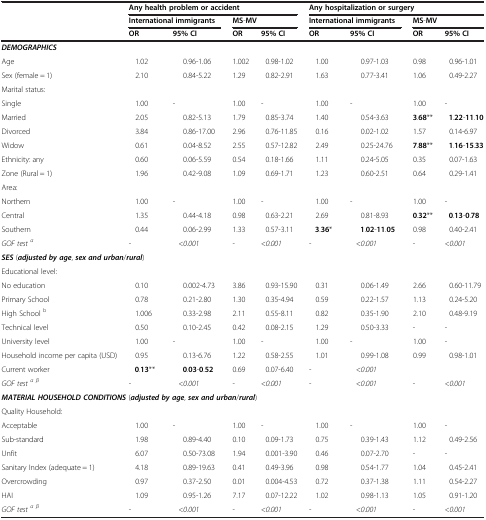
<table><thead><tr><td rowspan="3">[EMPTY_CELL]</td><td colspan="4"><b>Any health problem or accident</b></td><td colspan="4"><b>Any hospitalization or surgery</b></td></tr><tr><td colspan="2"><b>International immigrants</b></td><td colspan="2"><b>MS-MV</b></td><td colspan="2"><b>International immigrants</b></td><td colspan="2"><b>MS-MV</b></td></tr><tr><td><b>OR</b></td><td><b>95% CI</b></td><td><b>OR</b></td><td><b>95% CI</b></td><td><b>OR</b></td><td><b>95% CI</b></td><td><b>OR</b></td><td><b>95% CI</b></td></tr></thead><tbody><tr><td colspan="9"><b><i>DEMOGRAPHICS</i></b></td></tr><tr><td>Age</td><td>1.02</td><td>0.96-1.06</td><td>1.002</td><td>0.98-1.02</td><td>1.00</td><td>0.97-1.03</td><td>0.98</td><td>0.96-1.01</td></tr><tr><td>Sex (female = 1)</td><td>2.10</td><td>0.84-5.22</td><td>1.29</td><td>0.82-2.91</td><td>1.63</td><td>0.77-3.41</td><td>1.06</td><td>0.49-2.27</td></tr><tr><td colspan="9">Marital status:</td></tr><tr><td>Single</td><td>1.00</td><td>-</td><td>1.00</td><td>-</td><td>1.00</td><td>-</td><td>1.00</td><td>-</td></tr><tr><td>Married</td><td>2.05</td><td>0.82-5.13</td><td>1.79</td><td>0.85-3.74</td><td>1.40</td><td>0.54-3.63</td><td><b>3</b>.<b>68</b>**</td><td><b>1</b>.<b>22</b>-<b>11</b>.<b>10</b></td></tr><tr><td>Divorced</td><td>3.84</td><td>0.86-17.00</td><td>2.96</td><td>0.76-11.85</td><td>0.16</td><td>0.02-1.02</td><td>1.57</td><td>0.14-6.97</td></tr><tr><td>Widow</td><td>0.61</td><td>0.04-8.52</td><td>2.55</td><td>0.57-12.82</td><td>2.49</td><td>0.25-24.76</td><td><b>7</b>.<b>88</b>**</td><td><b>1</b>.<b>16</b>-<b>15</b>.<b>33</b></td></tr><tr><td>Ethnicity: any</td><td>0.60</td><td>0.06-5.59</td><td>0.54</td><td>0.18-1.66</td><td>1.11</td><td>0.24-5.05</td><td>0.35</td><td>0.07-1.63</td></tr><tr><td>Zone (Rural = 1)</td><td>1.96</td><td>0.42-9.08</td><td>1.09</td><td>0.69-1.71</td><td>1.23</td><td>0.60-2.51</td><td>0.64</td><td>0.29-1.41</td></tr><tr><td colspan="9">Area:</td></tr><tr><td>Northern</td><td>1.00</td><td>-</td><td>1.00</td><td>-</td><td>1.00</td><td>-</td><td>1.00</td><td>-</td></tr><tr><td>Central</td><td>1.35</td><td>0.44-4.18</td><td>0.98</td><td>0.63-2.21</td><td>2.69</td><td>0.81-8.93</td><td><b>0</b>.<b>32</b>**</td><td><b>0</b>.<b>13</b>-<b>0</b>.<b>78</b></td></tr><tr><td>Southern</td><td>0.44</td><td>0.06-2.99</td><td>1.33</td><td>0.57-3.11</td><td><b>3</b>.<b>36</b>*</td><td><b>1</b>.<b>02</b>-<b>11</b>.<b>05</b></td><td>0.98</td><td>0.40-2.41</td></tr><tr><td><i>GOF test</i><sup><i>α</i></sup></td><td>-</td><td>&lt;<i>0</i>.<i>001</i></td><td>-</td><td>&lt;<i>0</i>.<i>001</i></td><td>-</td><td>&lt;<i>0</i>.<i>001</i></td><td>-</td><td>&lt;<i>0</i>.<i>001</i></td></tr><tr><td colspan="9"><b><i>SES</i></b> (<b><i>adjusted by age</i></b>, <b><i>sex and urban</i></b>/<b><i>rural</i></b>)</td></tr><tr><td colspan="9">Educational level:</td></tr><tr><td>No education</td><td>0.10</td><td>0.002-4.73</td><td>3.86</td><td>0.93-15.90</td><td>0.31</td><td>0.06-1.49</td><td>2.66</td><td>0.60-11.79</td></tr><tr><td>Primary School</td><td>0.78</td><td>0.21-2.80</td><td>1.30</td><td>0.35-4.94</td><td>0.59</td><td>0.22-1.57</td><td>1.13</td><td>0.24-5.20</td></tr><tr><td>High School <sup>b</sup></td><td>1.006</td><td>0.33-2.98</td><td>2.11</td><td>0.55-8.11</td><td>0.82</td><td>0.35-1.90</td><td>2.10</td><td>0.48-9.19</td></tr><tr><td>Technical level</td><td>0.50</td><td>0.10-2.45</td><td>0.42</td><td>0.08-2.15</td><td>1.29</td><td>0.50-3.33</td><td>-</td><td>-</td></tr><tr><td>University level</td><td>1.00</td><td>-</td><td>1.00</td><td>-</td><td>1.00</td><td>-</td><td>1.00</td><td>-</td></tr><tr><td>Household income per capita (USD)</td><td>0.95</td><td>0.13-6.76</td><td>1.22</td><td>0.58-2.55</td><td>1.01</td><td>0.99-1.08</td><td>0.99</td><td>0.98-1.01</td></tr><tr><td>Current worker</td><td><b>0</b>.<b>13</b>**</td><td><b>0</b>.<b>03</b>-<b>0</b>.<b>52</b></td><td>0.69</td><td>0.07-6.40</td><td>-</td><td>&lt;<i>0</i>.<i>001</i></td><td>[EMPTY_CELL]</td><td>[EMPTY_CELL]</td></tr><tr><td><i>GOF test</i><sup><i>α β</i></sup></td><td>-</td><td>&lt;<i>0</i>.<i>001</i></td><td>-</td><td>&lt;<i>0</i>.<i>001</i></td><td>-</td><td>&lt;<i>0</i>.<i>001</i></td><td>-</td><td>&lt;<i>0</i>.<i>001</i></td></tr><tr><td colspan="9"><b><i>MATERIAL HOUSEHOLD CONDITIONS</i></b> (<b><i>adjusted by age</i></b>, <b><i>sex and urban</i></b>/<b><i>rural</i></b>)</td></tr><tr><td colspan="9">Quality Household:</td></tr><tr><td>Acceptable</td><td>1.00</td><td>-</td><td>1.00</td><td>-</td><td>1.00</td><td>-</td><td>1.00</td><td>-</td></tr><tr><td>Sub-standard</td><td>1.98</td><td>0.89-4.40</td><td>0.10</td><td>0.09-1.73</td><td>0.75</td><td>0.39-1.43</td><td>1.12</td><td>0.49-2.56</td></tr><tr><td>Unfit</td><td>6.07</td><td>0.50-73.08</td><td>1.94</td><td>0.001-3.90</td><td>0.46</td><td>0.07-2.70</td><td>-</td><td>-</td></tr><tr><td>Sanitary Index (adequate = 1)</td><td>4.18</td><td>0.89-19.63</td><td>0.41</td><td>0.49-3.96</td><td>0.98</td><td>0.54-1.77</td><td>1.04</td><td>0.45-2.41</td></tr><tr><td>Overcrowding</td><td>0.97</td><td>0.37-2.50</td><td>0.01</td><td>0.004-4.53</td><td>0.72</td><td>0.37-1.38</td><td>1.11</td><td>0.54-2.27</td></tr><tr><td>HAI</td><td>1.09</td><td>0.95-1.26</td><td>7.17</td><td>0.07-12.22</td><td>1.02</td><td>0.98-1.13</td><td>1.05</td><td>0.91-1.20</td></tr><tr><td><i>GOF test</i><sup><i>α β</i></sup></td><td>-</td><td>&lt;<i>0</i>.<i>001</i></td><td>-</td><td>&lt;<i>0</i>.<i>001</i></td><td>-</td><td>&lt;<i>0</i>.<i>001</i></td><td>-</td><td>&lt;<i>0</i>.<i>001</i></td></tr></tbody></table>